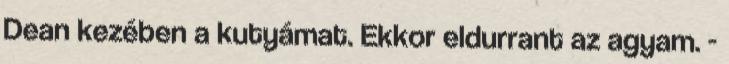
Dean kezében a kutyámat. Ekkor eldurrant az agyam. -